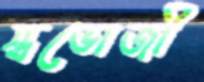
স্বভোজী